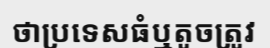
ថាប្រទេសធំឬតូចត្រូវ